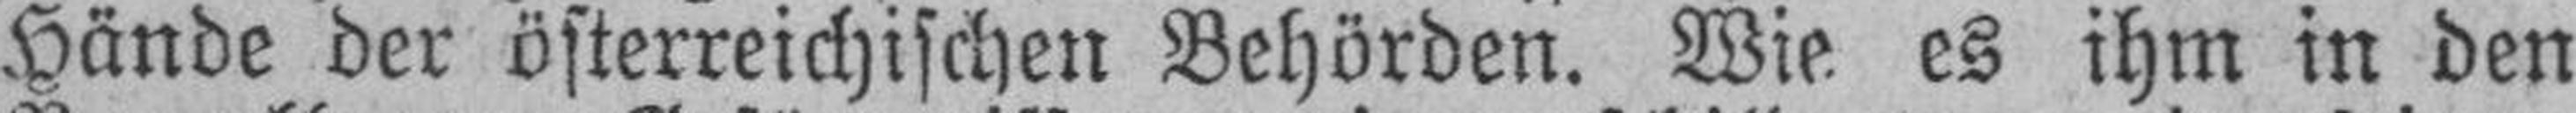
Hände der österreichischen Behörden. Wie es ihm in den